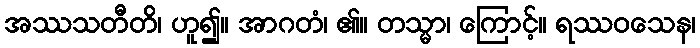
အဿသတီတိ၊ ဟူ၍။ အာဂတံ၊ ၏။ တသ္မာ၊ ကြောင့်။ ရဿဝသေန၊